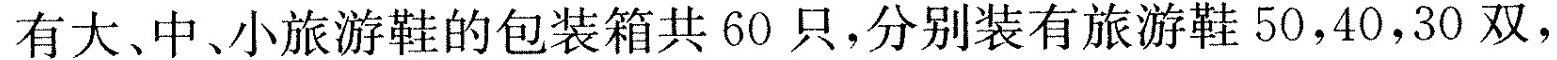
有大、中小旅游鞋的包装箱共60只，分别装有旅游鞋50，40，30双，